Annual administration report of the Civil Veterinary Department of India - 1895-1896
Year: 1895
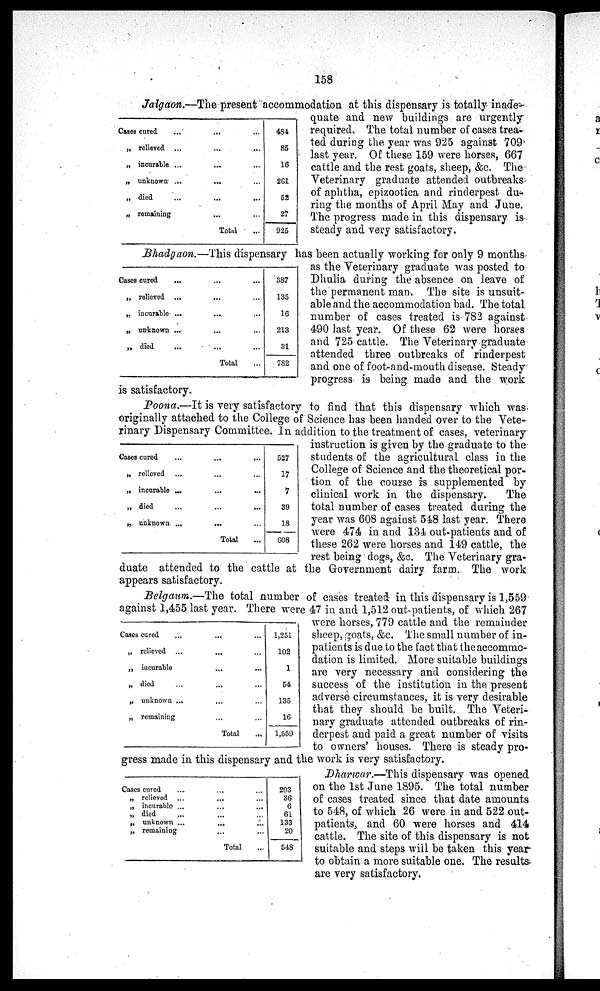
158
Jalgaon.—The present accommodation at this dispensary is totally inade-
quate and new buildings are urgently
required. The total number of cases trea-
ted during the year was 925 against 709
last year. Of these 159 were horses, 667
cattle and the rest goats, sheep, &c. The
Veterinary graduate attended outbreaks
of aphtha, epizootica and rinderpest du-
ring the months of April May and June.
The progress made in this dispensary is
steady and very satisfactory.
Cases cared...
„ relieved...
„ incurable ...
„ unknown ...
„ died...
„ remaining...
...
...
...
...
...
...
Total
...
...
...
...
...
...
...
484
85
16
261
52
27
925
Bhadgaon.—This dispensary has been actually working for only 9 months
as the Veterinary graduate was posted to
Dhulia during the absence on leave of
the permanent man. The site is unsuit-
able and the accommodation had. The total
number of cases treated is 782 against
490 last year. Of these 62 were horses
and 725 cattle. The Veterinary graduate
attended three outbreaks of rinderpest
and one of foot-and-mouth disease. Steady
progress is being made and the work
is satisfactory.
Cases cured ...
„ relieved ...
„ incurable ...
„ unknown ...
„ died ...
...
...
...
...
...
Total
...
...
...
...
...
...
387
135
16
213
31
782
Poona.—It is very satisfactory to find that this dispensary which was
originally attached to the College of Science has been handed over to the Vete-
rinary Dispensary Committee. In addition to the treatment of cases, veterinary
instruction is given by the graduate to the
students of the agricultural class in the
College of Science and the theoretical por-
tion of the course is supplemented by
clinical work in the dispensary.
The
total number of cases treated during the
year was 608 against 548 last year. There
were 474 in and 134 out-patients and of
these 262 were horses and 149 cattle, the
rest being dogs, &c. The Veterinary gra-
duate attended to the cattle at the Government dairy farm. The work
appears satisfactory.
Cases cured
„ relieved
„ incurable ...
„ died...
„ unknown ...
...
...
...
...
...
Total
...
...
...
...
...
...
527
17
7
39
18
608
Belgaum.—The total number of cases treated in this dispensary is 1,559
against 1,455 last year. There were 47 in and 1,512 out patients, of which 267
were horses, 779 cattle and the remainder
sheep, goats, &c. The small number of in-
patients is due to the fact that the accommo-
dation is limited. More suitable buildings
are very necessary and considering the
success of the institution in the present
adverse circumstances, it is very desirable
that they should be built. The Veteri-
nary graduate attended outbreaks of rin-
derpest and paid a great number of visits
to owners' houses. There is steady pro-
gress made in this dispensary and the. work is very satisfactory.
Cases cured
„ relieved
„ incurable
„ died
„ unknown ...
„ remaining
...
...
...
...
...
...
Total
...
...
...
...
...
...
1,251
102
1
54
135
16
1,559
Dharwar.—This dispensary was opened
on the 1st June 1895. The total number
of cases treated since that date amounts
to 548, of which 26 were in and 522 out-
patients, and 60 were horses and 414
cattle. The site of this dispensary is not
suitable and steps will be taken this year
to obtain a more suitable one. The results
are very satisfactory.
Cases cured...
„ relieved...
„ incurable ...
„ died...
„ unknown ...
„ remaining
...
...
...
...
...
...
Total
...
...
...
...
...
...
...
293
36
6
61
133
20
548